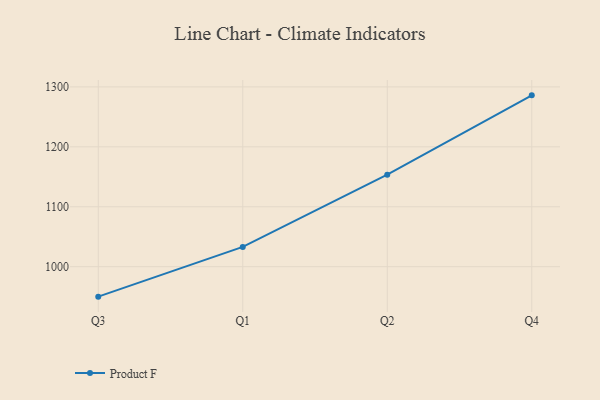
{"axis": {"x": "Quarter", "y": "LTV (USD)"}, "legend": ["Product F"], "data": [{"x": "Q3", "y": 950.0, "type": "Product F"}, {"x": "Q1", "y": 1033.0, "type": "Product F"}, {"x": "Q2", "y": 1153.5, "type": "Product F"}, {"x": "Q4", "y": 1285.9, "type": "Product F"}]}